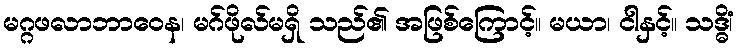
မဂ္ဂဖလာဘာဝေန၊ မဂ်ဖိုလ်မရှိ သည်၏ အဖြစ်ကြောင့်။ မယာ၊ ငါနှင့်။ သဒ္ဓိံ၊